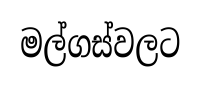
මල්ගස්වලට